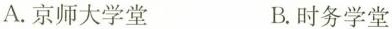
A.京师大学堂 B.时务学堂